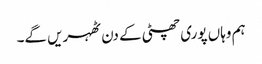
ہم وہاں پوری چھٹی کے دن ٹھہریں گے۔